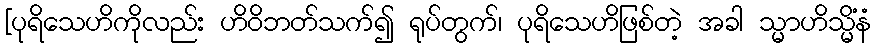
[ပုရိသေဟိကိုလည်း ဟိဝိဘတ်သက်၍ ရုပ်တွက်၊ ပုရိသေဟိဖြစ်တဲ့ အခါ သ္မာဟိသ္မိံနံ